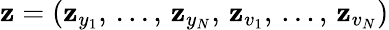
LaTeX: \boldsymbol{\mathbf{z}}=(\mathbf{z}_{y_{1}},\, ...,\, \mathbf{z}_{y_{N}},\, \mathbf{z}_{v_{1}},\, ...,\, \mathbf{z}_{v_{N}})